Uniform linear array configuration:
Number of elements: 4
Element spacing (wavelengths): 0.5
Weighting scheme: kaiser
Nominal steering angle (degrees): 0
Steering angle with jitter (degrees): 1.925
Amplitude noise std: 0.05
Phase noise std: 0.05

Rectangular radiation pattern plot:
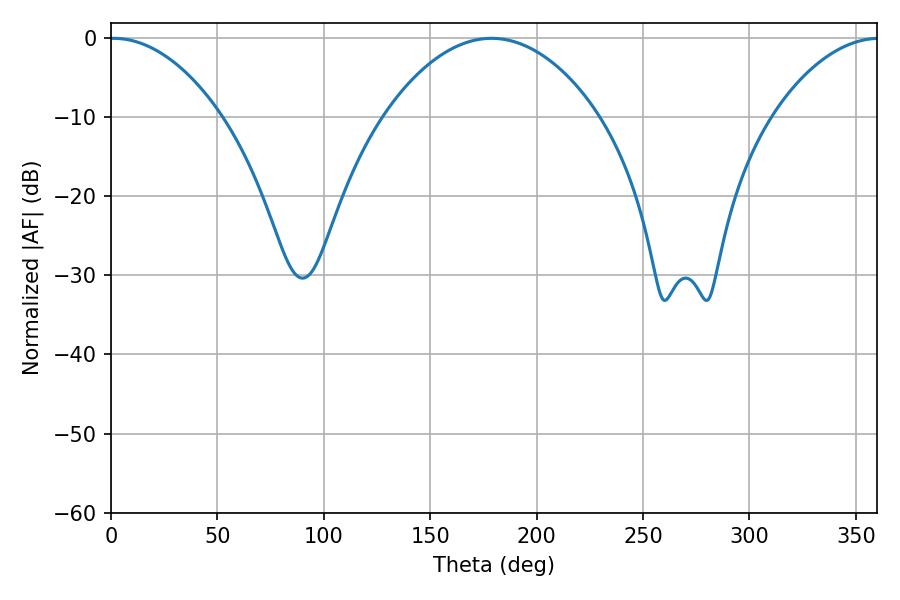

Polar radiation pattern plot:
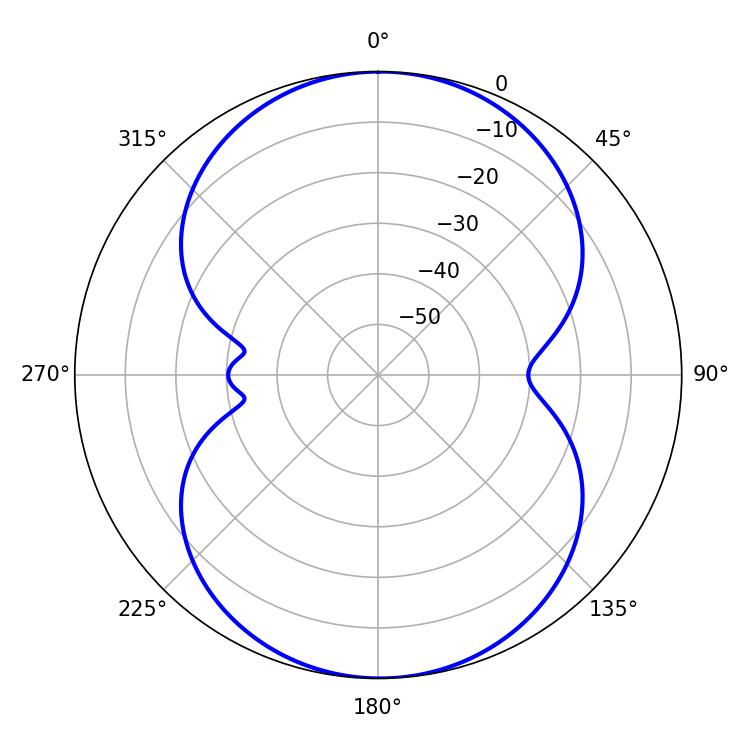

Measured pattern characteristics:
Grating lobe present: FALSE
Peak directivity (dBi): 16.55
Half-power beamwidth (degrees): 29.34
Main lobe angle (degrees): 1.26